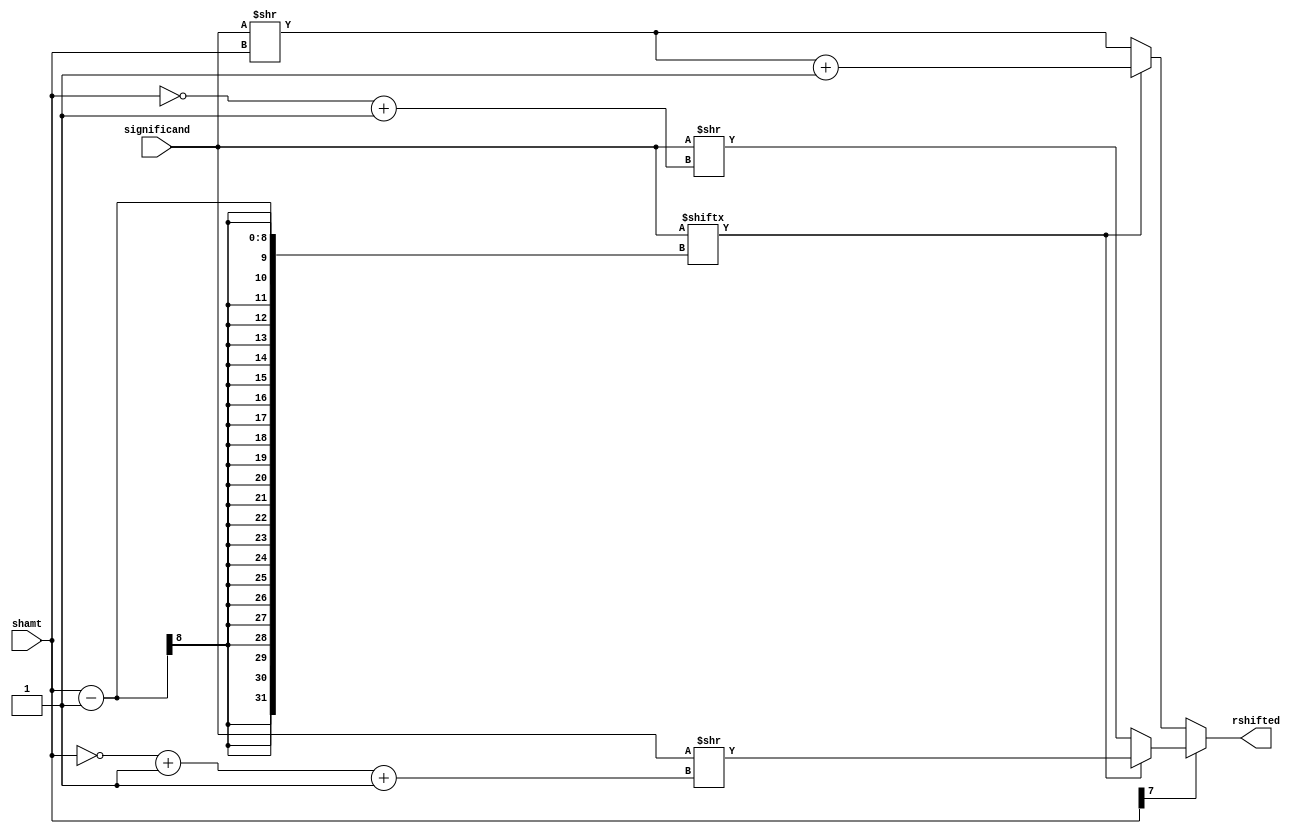
module variableShifter(
  input[31:0] significand,
  input [7:0] shamt,
  output reg [31:0] rshifted
);

  always@ (*)begin
    if(shamt[7]==0) begin
      if(significand[shamt-1])begin
        rshifted = (significand>>shamt)+32'b1;
      end
      else begin
        rshifted = (significand>>shamt);
      end
    end
    else begin
      if(significand[shamt-1])begin
        rshifted = significand>>(~shamt+8'd1)+32'b1;
      end
      else begin
        rshifted = significand>>(~shamt+8'd1);
      end
    end
  end
endmodule

module normalizer (
  input [31:0] FloataluResult,
  output reg [31:0] normalizedFloataluResult,
  output reg [31:0] exponentChange
  );

  always @ ( * ) begin
    if(FloataluResult[24]&~(|(FloataluResult[31:25]))) begin
      exponentChange <= 32'sd1;
      normalizedFloataluResult <= FloataluResult>>1;
    end
    else if(FloataluResult[25]&~(|(FloataluResult[31:26]))) begin
      exponentChange <= 32'sd2;
      normalizedFloataluResult <= FloataluResult>>2;
    end
    else if(FloataluResult[26]&~(|(FloataluResult[31:27]))) begin
      exponentChange <= 32'sd3;
      normalizedFloataluResult <= FloataluResult>>3;
    end
    else if(FloataluResult[27]&~(|(FloataluResult[31:28]))) begin
      exponentChange <= 32'sd4;
      normalizedFloataluResult <= FloataluResult>>4;
    end
    else if(FloataluResult[28]&~(|(FloataluResult[31:29]))) begin
      exponentChange <= 32'sd5;
      normalizedFloataluResult <= FloataluResult>>5;
    end
    else if(FloataluResult[29]&~(|(FloataluResult[31:30]))) begin
      exponentChange <= 32'sd6;
      normalizedFloataluResult <= FloataluResult>>6;
    end
    else if(FloataluResult[30]&~(|(FloataluResult[31]))) begin
      exponentChange <= 32'sd7;
      normalizedFloataluResult <= FloataluResult>>7;
    end

     /*** The below checks for left shift ***/
    else if(FloataluResult[22]&~(|(FloataluResult[31:23]))) begin
      exponentChange <= -32'sd1;
      normalizedFloataluResult <= FloataluResult<<1;
    end
    else if(FloataluResult[21]&~(|(FloataluResult[31:22]))) begin
      exponentChange <= -32'sd2;
      normalizedFloataluResult <= FloataluResult<<2;
    end
    else if(FloataluResult[20]&~(|(FloataluResult[31:21]))) begin
      exponentChange <= -32'sd3;
      normalizedFloataluResult <= FloataluResult<<3;
    end
    else if(FloataluResult[19]&~(|(FloataluResult[31:20]))) begin
      exponentChange <= -32'sd4;
      normalizedFloataluResult <= FloataluResult<<4;
    end
    else if(FloataluResult[18]&~(|(FloataluResult[31:19]))) begin
      exponentChange <= -32'sd5;
      normalizedFloataluResult <= FloataluResult<<5;
    end
    else if(FloataluResult[17]&~(|(FloataluResult[31:18]))) begin
      exponentChange <= -32'sd6;
      normalizedFloataluResult <= FloataluResult<<6;
    end
    else if(FloataluResult[16]&~(|(FloataluResult[31:17]))) begin
      exponentChange <= -32'sd7;
      normalizedFloataluResult <= FloataluResult<<7;
    end
    else if(FloataluResult[15]&~(|(FloataluResult[31:16]))) begin
      exponentChange <= -32'sd8;
      normalizedFloataluResult <= FloataluResult<<8;
    end
    else if(FloataluResult[14]&~(|(FloataluResult[31:15]))) begin
      exponentChange <= -32'sd9;
      normalizedFloataluResult <= FloataluResult<<9;
    end
    else if(FloataluResult[13]&~(|(FloataluResult[31:14]))) begin
      exponentChange <= -32'sd10;
      normalizedFloataluResult <= FloataluResult<<10;
    end
    else if(FloataluResult[12]&~(|(FloataluResult[31:13]))) begin
      exponentChange <= -32'sd11;
      normalizedFloataluResult <= FloataluResult<<11;
    end
    else if(FloataluResult[11]&~(|(FloataluResult[31:12]))) begin
      exponentChange <= -32'sd12;
      normalizedFloataluResult <= FloataluResult<<12;
    end
    else if(FloataluResult[10]&~(|(FloataluResult[31:11]))) begin
      exponentChange <= -32'sd13;
      normalizedFloataluResult <= FloataluResult<<13;
    end
    else if(FloataluResult[9]&~(|(FloataluResult[31:10]))) begin
      exponentChange <= -32'sd14;
      normalizedFloataluResult <= FloataluResult<<14;
    end
    else if(FloataluResult[8]&~(|(FloataluResult[31:9]))) begin
      exponentChange <= -32'sd15;
      normalizedFloataluResult <= FloataluResult<<15;
    end
    else if(FloataluResult[7]&~(|(FloataluResult[31:8]))) begin
      exponentChange <= -32'sd16;
      normalizedFloataluResult <= FloataluResult<<16;
    end
    else if(FloataluResult[6]&~(|(FloataluResult[31:7]))) begin
      exponentChange <= -32'sd17;
      normalizedFloataluResult <= FloataluResult<<17;
    end
    else if(FloataluResult[5]&~(|(FloataluResult[31:6]))) begin
      exponentChange <= -32'sd18;
      normalizedFloataluResult <= FloataluResult<<18;
    end
    else if(FloataluResult[4]&~(|(FloataluResult[31:5]))) begin
      exponentChange <= -32'sd19;
      normalizedFloataluResult <= FloataluResult<<19;
    end
    else if(FloataluResult[3]&~(|(FloataluResult[31:4]))) begin
      exponentChange <= -32'sd20;
      normalizedFloataluResult <= FloataluResult<<20;
    end
    else if(FloataluResult[2]&~(|(FloataluResult[31:3]))) begin
      exponentChange <= -32'sd21;
      normalizedFloataluResult <= FloataluResult<<21;
    end
    else if(FloataluResult[1]&~(|(FloataluResult[31:2]))) begin
      exponentChange <= -32'sd22;
      normalizedFloataluResult <= FloataluResult<<22;          /*** End of left shift lookup****/
    end
    else begin
      exponentChange <= 32'sd0;
      normalizedFloataluResult <= FloataluResult;
    end
  end
endmodule // normalizer

module lShiftOne(
  input[31:0] aluOut,
  output[31:0] lshifted
);

  assign lshifted = aluOut<<1;

endmodule